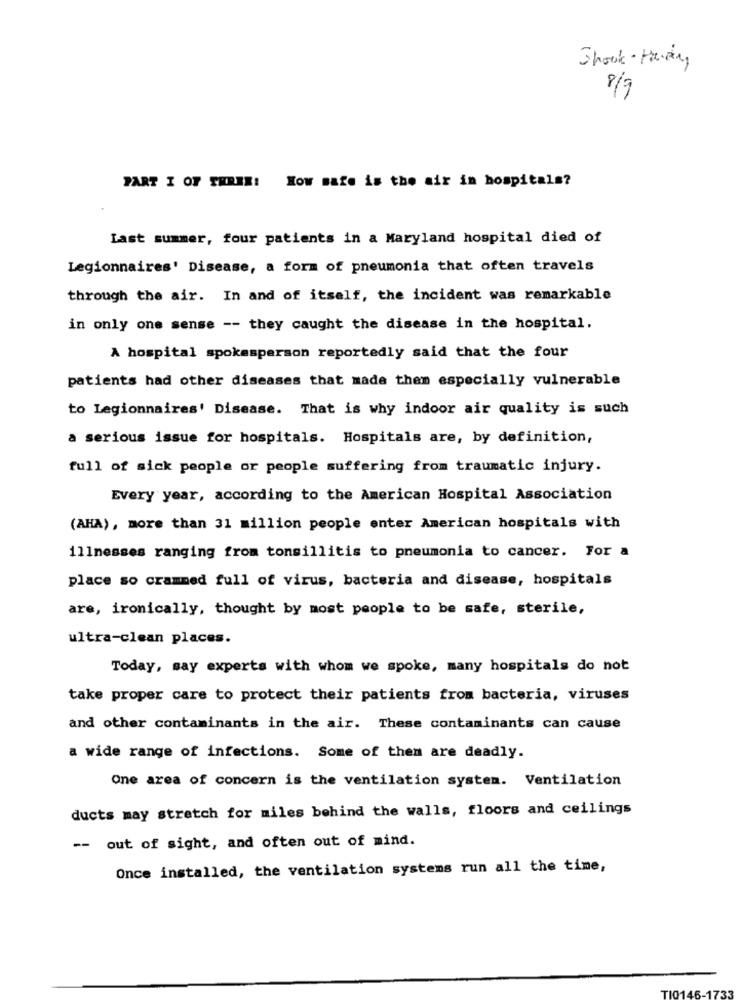
Shook - Hodin,
8/7
PART I OF THREE! How mafe is the air in hospitals?
Last summer, four patients in a Maryland hospital died of
Legionnaires' Disease, a form of pneumonia that often travels
through the air. In and of itself, the incident was remarkable
in only one sense -- they caught the disease in the hospital.
A hospital spokesperson reportedly said that the four
patients had other diseases that made them especially vulnerable
to Legionnaires' Disease. That is why indoor air quality is such
a serious issue for hospitals. Hospitals are, by definition,
full of sick people or people suffering from traumatic injury.
Every year, according to the American Hospital Association
(AHA), more than 31 million people enter American hospitals with
illnesses ranging from tonsillitis to pneumonia to cancer. For a
place so crammed full of virus, bacteria and disease, hospitals
are, ironically, thought by most people to be safe, sterile,
ultra-clean places.
Today, say experts with whom we spoke, many hospitals do not
take proper care to protect their patients from bacteria, viruses
and other contaminants in the air. These contaminants can cause
a wide range of infections. Some of them are deadly.
One area of concern is the ventilation system. Ventilation
ducts may stretch for miles behind the walls, floors and ceilings
-- out of sight, and often out of mind.
Once installed, the ventilation systems run all the time,